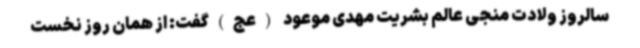
سالروز ولادت منجی عالم بشریت مهدی موعود (عج)گفت: از همان روز نخست